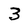
Character: 3